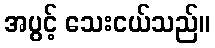
အပွင့် သေးငယ်သည်။